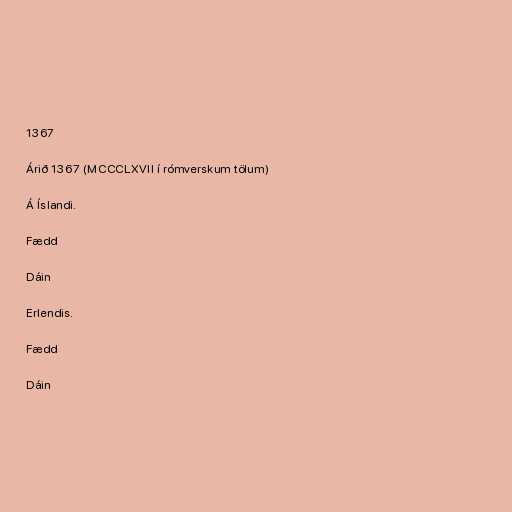
1367

Árið 1367 (MCCCLXVII í rómverskum tölum)

Á Íslandi.

Fædd

Dáin

Erlendis.

Fædd

Dáin